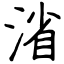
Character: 渻